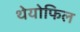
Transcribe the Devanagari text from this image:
थेयोफिल